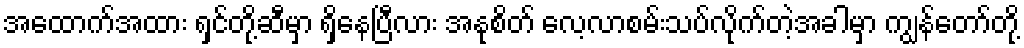
အထောက်အထား ရှင်တို့ဆီမှာ ရှိနေပြီလား အနုစိတ် လေ့လာစမ်းသပ်လိုက်တဲ့အခါမှာ ကျွန်တော်တို့